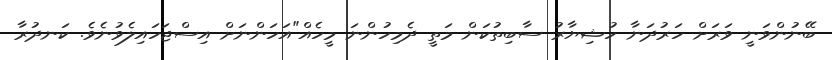
ބޭނުންވަނީ ވަރަށް ހަރުދަނާ ހުޝިޔާރު ސާބިތުކަން މަތީ ދެމިހުންނަ މީހެއް"އަހަންނަށް އިސްޖަހައިލެވުނެވެ. ކަނދުރާ